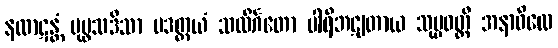
နလာဋန္တံ ပုပ္ဖသဒိသာ ပဒတ္တယံ သလိင်္ဂတော ပါရိဘဋျတာယ သုပ္ပဝတ္တိ အနာဝိလေ